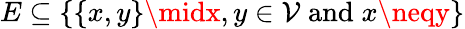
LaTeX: E\subseteq\{ \{ x,y\} \midx,y\in\mathcal{V}\; {\textrm{{and}}}\; x\neqy\}